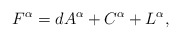
\begin{align*}F^\alpha = dA^\alpha + C^\alpha + L^\alpha,\end{align*}